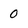
Character: 0